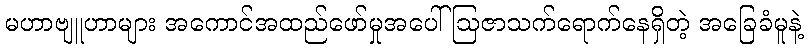
မဟာဗျူဟာများ အကောင်အထည်ဖော်မှုအပေါ် ဩဇာသက်ရောက်နေရှိတဲ့ အခြေခံမူနဲ့